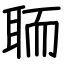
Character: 聏